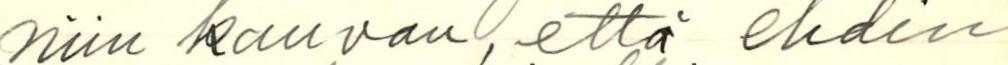
niin kauan, että ehdin